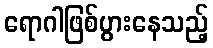
ရောဂါဖြစ်ပွားနေသည့်